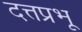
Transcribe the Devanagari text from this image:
दत्तप्रभू